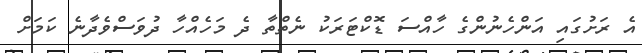
އެ ރަށުގައި އަންހެނުންގެ ހާއްސަ ޑޮކްޓަރަކު ނެތްތާ ދެ މަހެއްހާ ދުވަސްވެދާނެ ކަމަށް